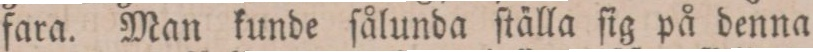
fara. Man kunde ſålunda ſtälla ſig på denna